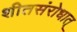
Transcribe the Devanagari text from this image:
शीतसंरोधात्